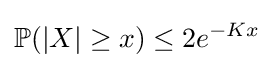
{\mathbb {P}}(|X|\geq x)\leq 2e^{-Kx}